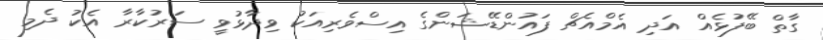
ގާތް ބޭފުޅެއް އަދި އެމްއެޗް ފައުންޑޭޝަންގެ އިސްވެރިއަކު ވިދާޅުވީ ސަރުކާރާ އެކު ދެމި